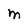
Character: M